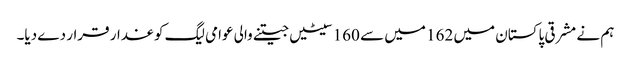
ہم نے مشرقی پاکستان میں 162 میں سے 160 سیٹیں جیتنے والی عوامی لیگ کو غدار قرار دے دیا۔